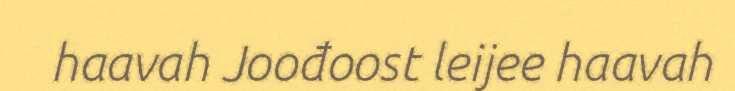
haavah Joođoost leijee haavah